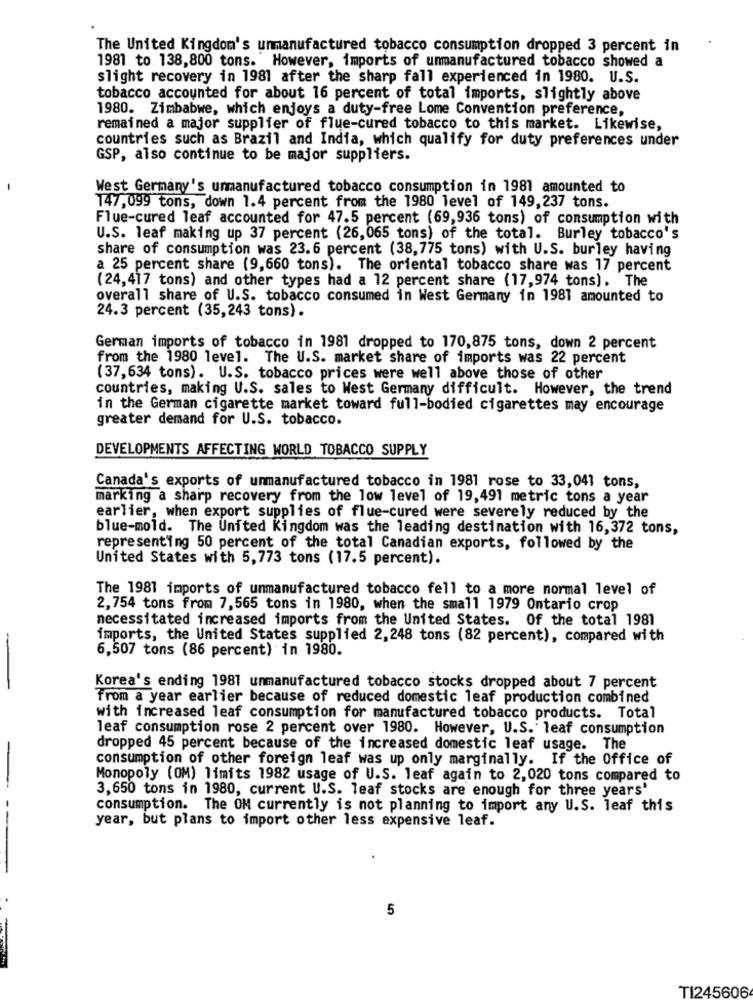
The United Kingdom's unmanufactured tobacco consumption dropped 3 percent in
1981 to 138,800 tons. " However, imports of unmanufactured tobacco showed a
slight recovery in 1981 after the sharp fall experienced in 1980. U.S.
tobacco accounted for about 16 percent of total imports, slightly above
1980. Zimbabwe, which enjoys a duty-free Lome Convention preference,
remained a major supplier of flue-cured tobacco to this market. Likewise,
countries such as Brazil and India, which qualify for duty preferences under
GSP, also continue to be major suppliers.
West Germany's unmanufactured tobacco consumption in 1981 amounted to
147,099 tons, down 1.4 percent from the 1980 level of 149,237 tons.
Flue-cured leaf accounted for 47.5 percent (69,936 tons) of consumption with
U.S. leaf making up 37 percent (26,065 tons) of the total. Burley tobacco's
share of consumption was 23.6 percent (38,775 tons) with U.S. burley having
a 25 percent share (9,660 tons). The oriental tobacco share was 17 percent
(24,417 tons) and other types had a 12 percent share (17,974 tons). The
overall share of U.S. tobacco consumed in West Germany in 1981 amounted to
24.3 percent (35,243 tons).
German imports of tobacco in 1981 dropped to 170,875 tons, down 2 percent
from the 1980 level. The U.S. market share of imports was 22 percent
(37, 634 tons). U.S. tobacco prices were well above those of other
countries, making U.S. sales to West Germany difficult. However, the trend
in the German cigarette market toward full-bodied cigarettes may encourage
greater demand for U.S. tobacco.
DEVELOPMENTS AFFECTING WORLD TOBACCO SUPPLY
Canada's exports of unmanufactured tobacco in 1981 rose to 33,041 tons,
marking a sharp recovery from the low level of 19,491 metric tons a year
earlier, when export supplies of flue-cured were severely reduced by the
blue-mold. The United Kingdom was the leading destination with 16,372 tons,
representing 50 percent of the total Canadian exports, followed by the
United States with 5,773 tons (17.5 percent).
The 1981 imports of unmanufactured tobacco fell to a more normal level of
2,754 tons from 7,565 tons in 1980, when the small 1979 Ontario crop
necessitated increased imports from the United States. Of the total 1981
imports, the United States supplied 2, 248 tons (82 percent), compared with
6,507 tons (86 percent) in 1980.
--
Korea's ending 1981 unmanufactured tobacco stocks dropped about 7 percent
From a year earlier because of reduced domestic leaf production combined
with increased leaf consumption for manufactured tobacco products. Total
leaf consumption rose 2 percent over 1980. However, U.S. leaf consumption
dropped 45 percent because of the increased domestic leaf usage. The
consumption of other foreign leaf was up only marginally. If the Office of
Monopoly (OM) limits 1982 usage of U.S. leaf again to 2,020 tons compared to
3,650 tons in 1980, current U.S. leaf stocks are enough for three years'
consumption. The OM currently is not planning to import any U.S. leaf this
year, but plans to import other less expensive leaf.
5
TI245606